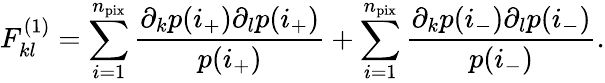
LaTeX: F_{kl}^{(1)}=\sum_{i=1}^{n_{\mathrm{pix}}}\frac{\partial_{k}p(i_{+})\partial_{l}p(i_{+})}{p(i_{+})}+\sum_{i=1}^{n_{\mathrm{pix}}}\frac{\partial_{k}p(i_{-})\partial_{l}p(i_{-})}{p(i_{-})}.